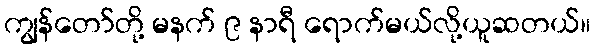
ကျွန်တော်တို့ မနက် ၉ နာရီ ရောက်မယ်လို့ယူဆတယ်။